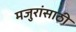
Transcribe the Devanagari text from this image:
मजुरांसाठी